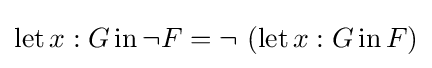
\operatorname {let} x:G\operatorname {in} \neg F=\neg \ (\operatorname {let} x:G\operatorname {in} F)